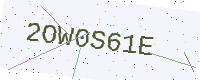
Text: 2OW0S61E